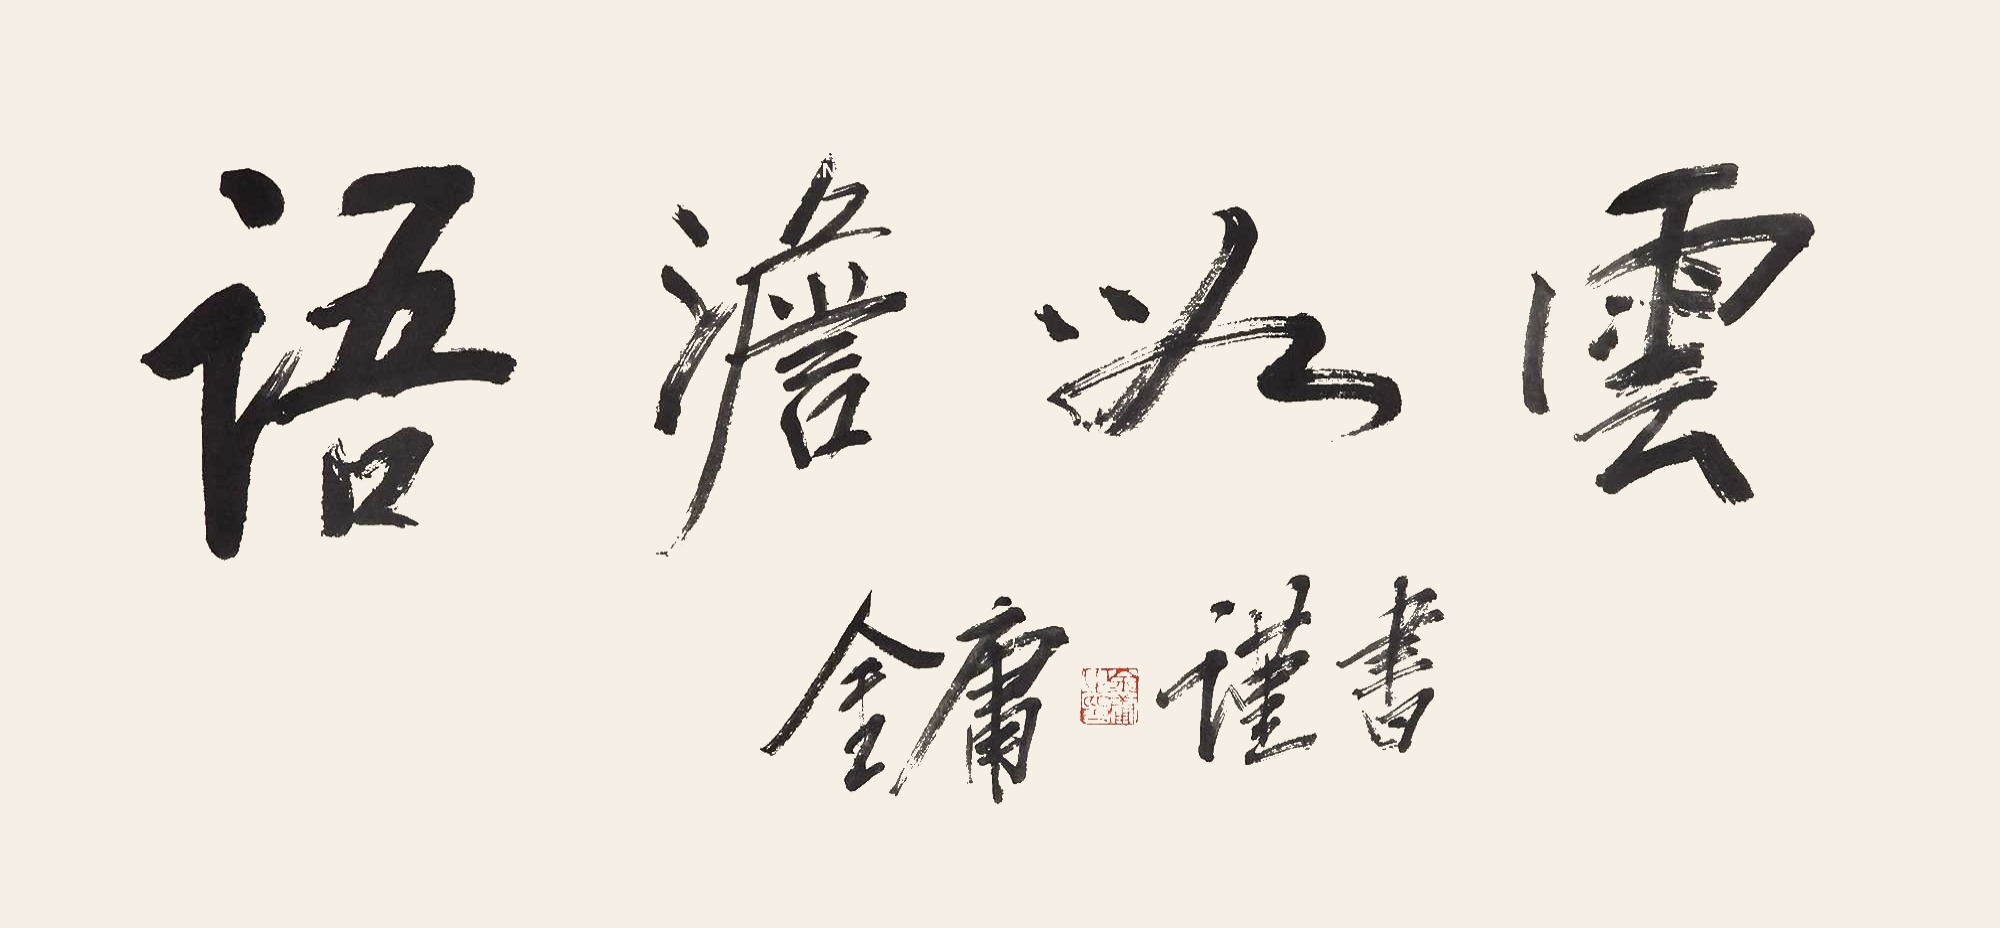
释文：云为澹语。金庸谨书。